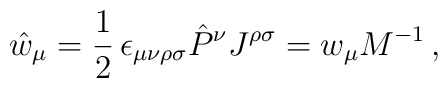
\hat{w}_{\mu}=\frac{1}{2}\,\epsilon_{\mu \nu \rho \sigma}\hat{P}^{\nu}J^{\rho  \sigma}=w_{\mu}M^{-1} \, ,